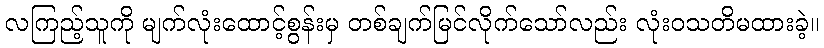
လကြည့်သူကို မျက်လုံးထောင့်စွန်းမှ တစ်ချက်မြင်လိုက်သော်လည်း လုံးဝသတိမထားခဲ့။